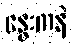
နွေးကနဲ